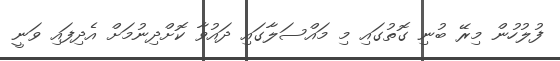
ފުލުހުން މިރޭ ބުނި ގޮތުގައި މި މައްސަލާގައި ދައުވާ ކޮށްދިނުމަށް އެދިފައި ވަނީ